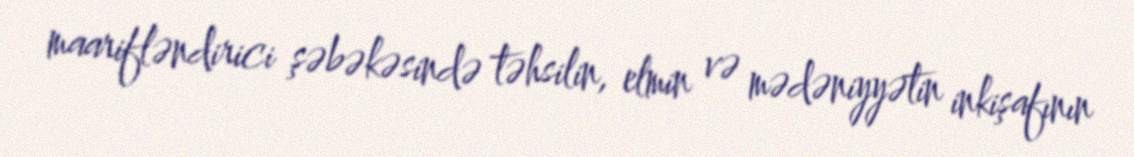
maarifləndirici şəbəkəsində təhsilin, elmin və mədəniyyətin inkişafının